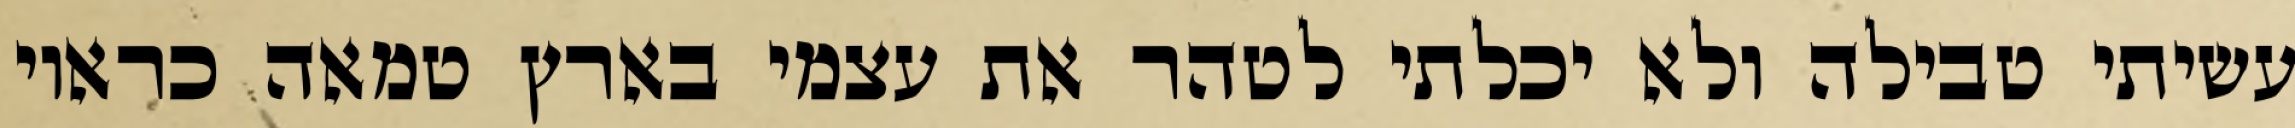
עשיתי טבילה ולא יכלתי לטהר את עצמי בארץ טמאה כראוי